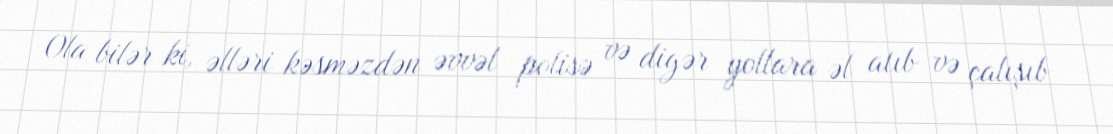
Ola bilər ki, əlləri kəsməzdən əvvəl polisə və digər yollara əl atıb və çalışıb